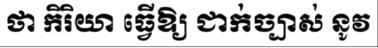
ថា កិរិយា ធ្វើឱ្យ ជាក់ច្បាស់ នូវ